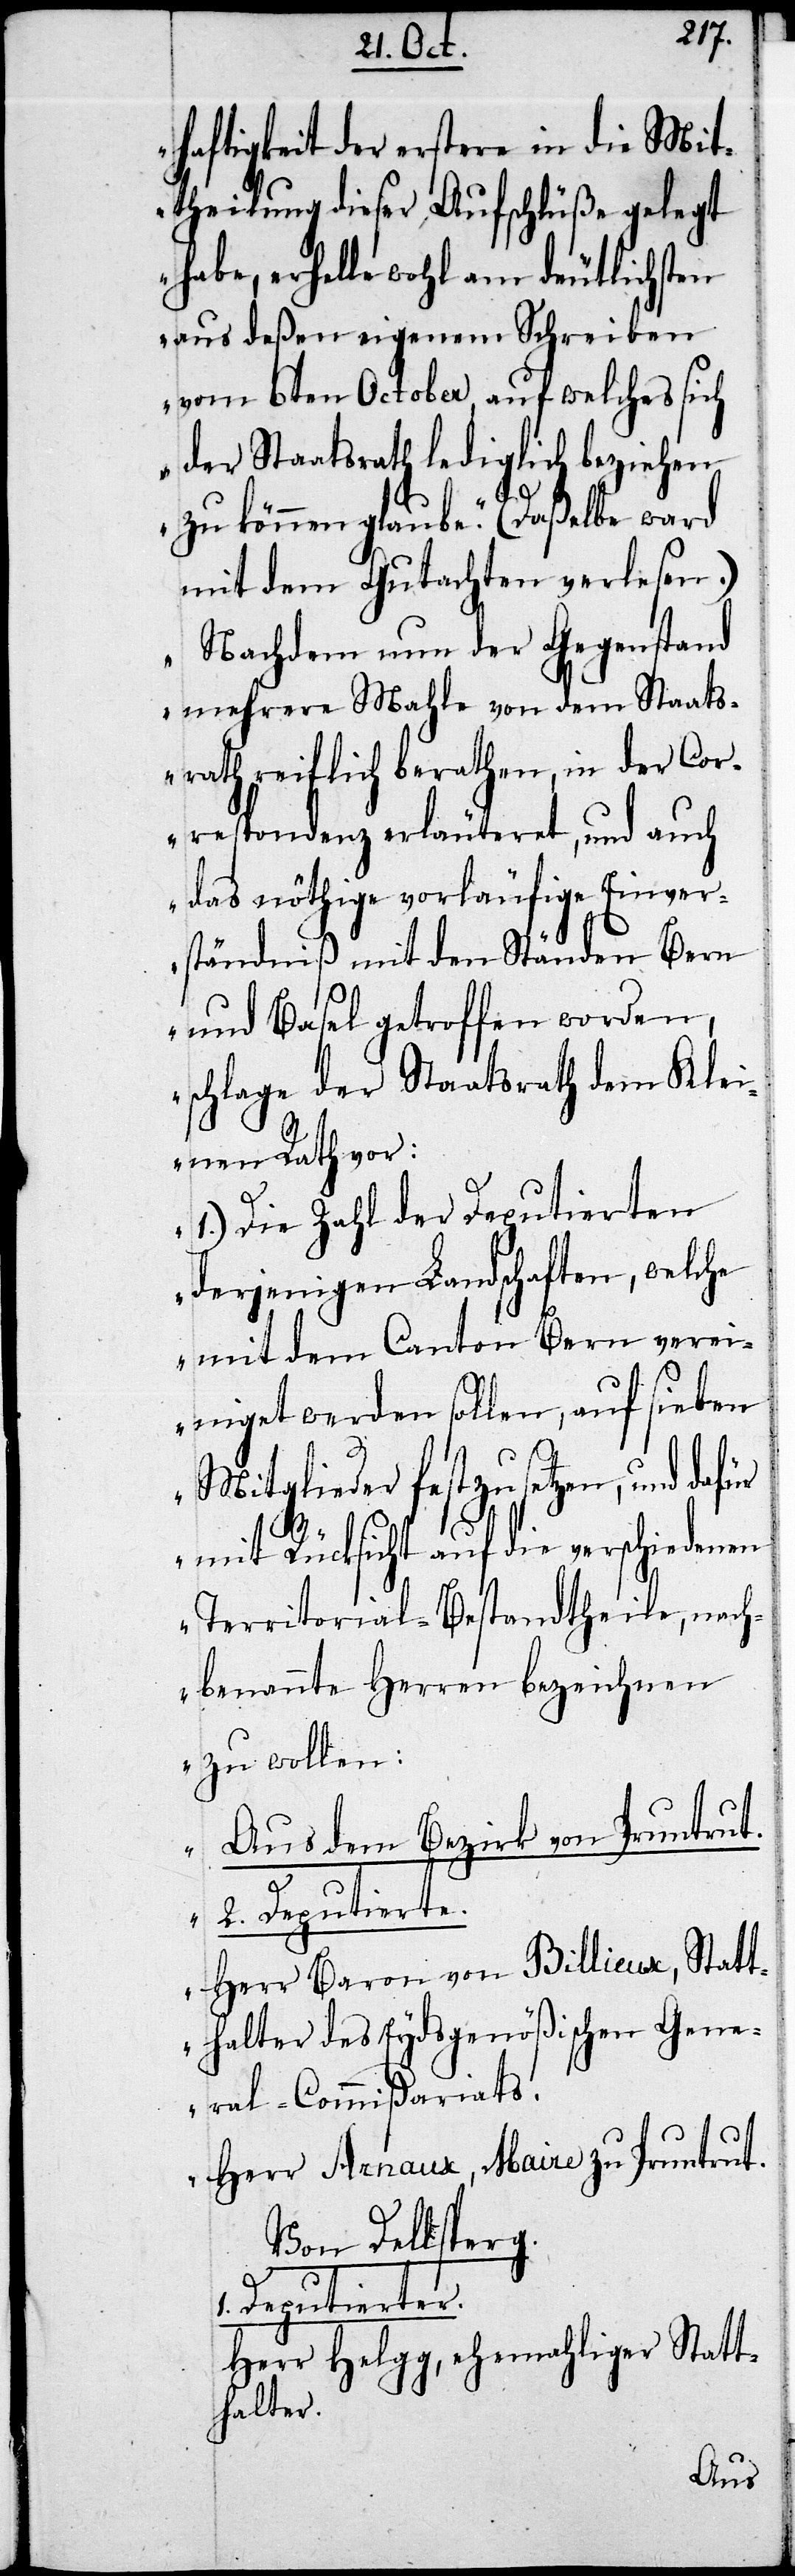
haftigkeit der erstere in die Mit¬
theilung dieser Aufschlüße gelegt
habe, erhelle wohl am deutlichsten
aus deßen eigenem Schreiben
vom 6ten October, auf welches sich
der Staatsrath lediglich beziehen
1.
zu können glaube.“ (Daßelbe ward
mit dem Gutachten verlesen.)
„Nachdem nun der Gegenstand
mehrere Mahle von dem Staats¬
rath reiflich berathen, in der Cor¬
respondenz erläuteret, und auch
das nöthige vorläufige Einver¬
ständniß mit den Ständen Bern
und Basel getroffen worden,
schlage der Staatsrath dem Klei¬
nen Rath vor:
1.) Die Zahl der Deputierten
derjenigen Landschaften, welche
mit dem Canton Bern verei¬
niget werden sollen, auf sieben
Mitglieder festzusetzen, und dafür
mit Rücksicht auf die verschiedenen
Territorial-Bestandtheile, nach¬
benannte Herren bezeichnen
zu wollen:
Aus dem Bezirk von Pruntrut.
2. Deputierte.
Herr Baron von Billieux, Statt¬
halter des Eydsgenößischen Gene¬
ral-Commißariats.
Herr Arnaux, Maire zu Pruntrut.
Von Delsperg.
Deputierter.
Herr Helgg, ehemaliger Statt¬
halter.